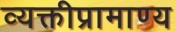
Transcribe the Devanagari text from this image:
व्यक्तीप्रामाण्य